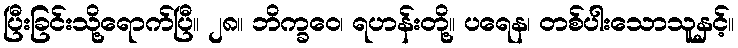
ပြီးခြင်းသို့ရောက်ပြီ။ ၂၈။ ဘိက္ခဝေ၊ ရဟန်းတို့။ ပရေန၊ တစ်ပါးသောသူနှင့်။